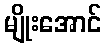
မျိုးအောင်